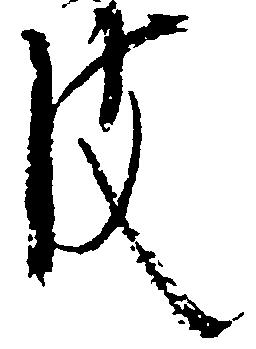
皮